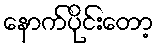
နောက်ပိုင်းတော့